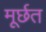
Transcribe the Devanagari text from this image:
मूर्छत